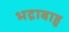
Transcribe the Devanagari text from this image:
भद्राबाहु